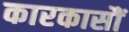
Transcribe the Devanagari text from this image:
कारकासौं